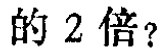
的 2 倍？